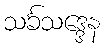
သင်္ခသဒ္ဒေန